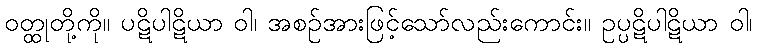
ဝတ္ထုတို့ကို။ ပဋိပါဋိယာ ဝါ၊ အစဉ်အားဖြင့်သော်လည်းကောင်း။ ဥပ္ပဋိပါဋိယာ ဝါ၊